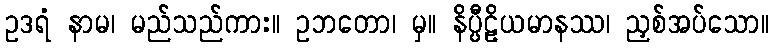
ဥဒရံ နာမ၊ မည်သည်ကား။ ဥဘတော၊ မှ။ နိပ္ပီဠိယမာနဿ၊ ညှစ်အပ်သော။